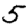
Digit: 5